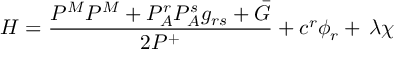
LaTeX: H = \frac { P ^ { M } P ^ { M } + P _ { A } ^ { r } P _ { A } ^ { s } g _ { r s } + \bar { G } } { 2 P ^ { + } } + c ^ { r } \phi _ { r } + \, \lambda \chi